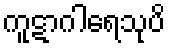
ကူဋာဂါရေသုပိ